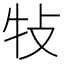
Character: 𤘴